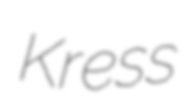
Kress